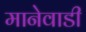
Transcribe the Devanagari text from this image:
मानेवाडी